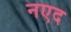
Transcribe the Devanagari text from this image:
नएद